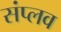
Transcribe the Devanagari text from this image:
संप्लव